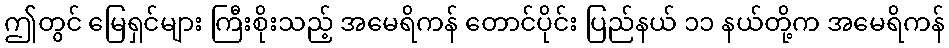
ဤတွင် မြေရှင်များ ကြီးစိုးသည့် အမေရိကန် တောင်ပိုင်း ပြည်နယ် ၁၁ နယ်တို့က အမေရိကန်